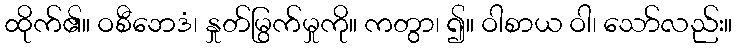
ထိုက်၏။ ဝစီဘေဒံ၊ နှုတ်မြွက်မှုကို။ ကတွာ၊ ၍။ ဝါစာယ ဝါ၊ သော်လည်း။